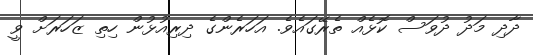
ދާދި މަދު ދުވަސް ކޮޅެއް ތެރޭގައެވެ. އަހަރެންގެ ދިރިއުޅުން ހިތި ޒަހަރަށް ވީ